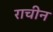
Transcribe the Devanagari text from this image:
राचीन